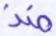
منذ